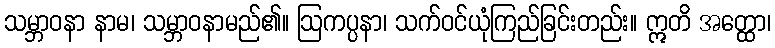
သမ္ဘာဝနာ နာမ၊ သမ္ဘာဝနာမည်၏။ ဩကပ္ပနာ၊ သက်ဝင်ယုံကြည်ခြင်းတည်း။ ဣတိ အတ္ထော၊